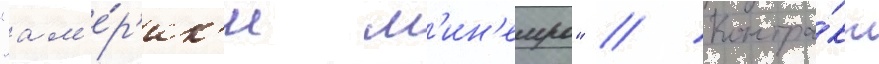
"ам'е́р'ик'и м'ин'еиро" // Контра́кт